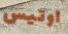
اوتيس